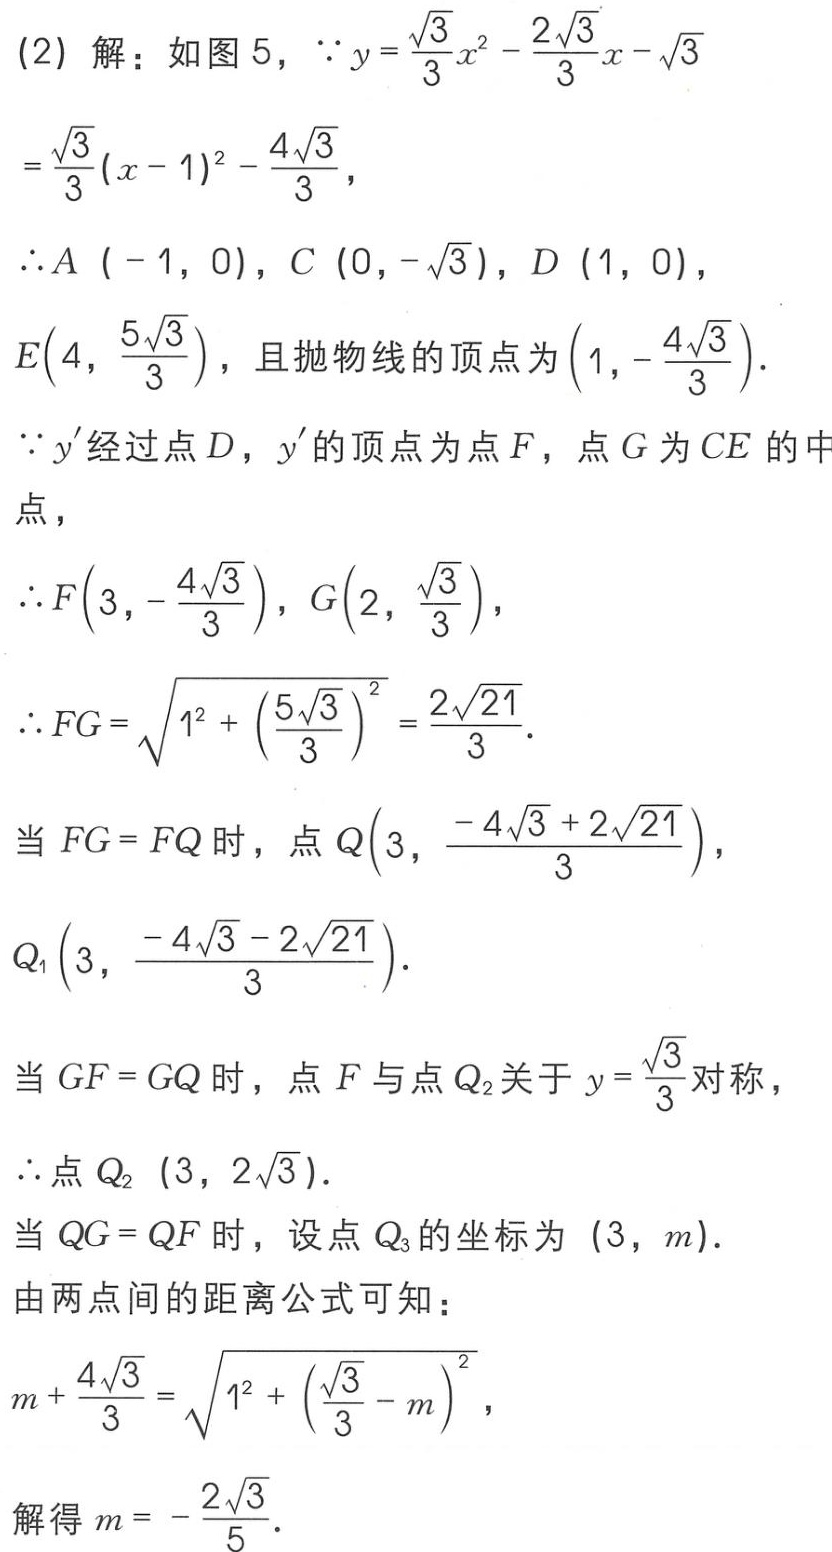
(2) 解：如图 5，\(\because y = \frac{\sqrt{3}}{3}x^{2}-\frac{2\sqrt{3}}{3}x - \sqrt{3}\)

\(=\frac{\sqrt{3}}{3}(x - 1)^{2}-\frac{4\sqrt{3}}{3}\)，

\(\therefore A(-1,0)\)，\(C(0,-\sqrt{3})\)，\(D(1,0)\)，

\(E(4,\frac{5\sqrt{3}}{3})\)，且抛物线的顶点为\((1,-\frac{4\sqrt{3}}{3})\)。

\(\because y'\)经过点\(D\)，\(y'\)的顶点为点\(F\)，点\(G\)为\(CE\)的中点，

\(\therefore F(3,-\frac{4\sqrt{3}}{3})\)，\(G(2,\frac{\sqrt{3}}{3})\)，

\(\therefore FG=\sqrt{1^{2}+(\frac{5\sqrt{3}}{3})^{2}}=\frac{2\sqrt{21}}{3}\)。

当\(FG = FQ\)时，点\(Q(3,\frac{-4\sqrt{3}+2\sqrt{21}}{3})\)，

\(Q_{1}(3,\frac{-4\sqrt{3}-2\sqrt{21}}{3})\)。

当\(GF = GQ\)时，点\(F\)与点\(Q_{2}\)关于\(y = \frac{\sqrt{3}}{3}\)对称，

\(\therefore\)点\(Q_{2}(3,2\sqrt{3})\)。

当\(QG = QF\)时，设点\(Q_{3}\)的坐标为\((3,m)\)。

由两点间的距离公式可知：

\(m+\frac{4\sqrt{3}}{3}=\sqrt{1^{2}+(\frac{\sqrt{3}}{3}-m)^{2}}\)，

解得\(m = -\frac{2\sqrt{3}}{5}\)。